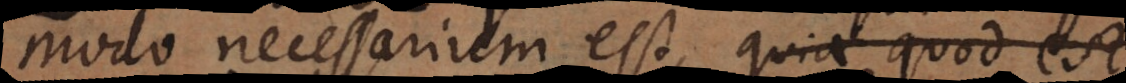
modo necessarium est, quia quod est